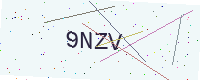
Text: 9NZV